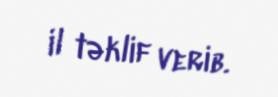
il təklif verib.